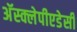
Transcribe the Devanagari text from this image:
अॅस्क्लेपीएडेसी